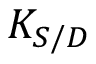
K _ { S / D }